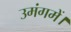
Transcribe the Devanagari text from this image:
उमंगमें।